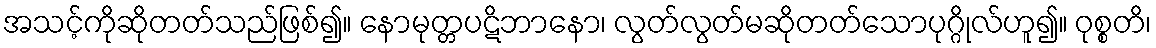
အသင့်ကိုဆိုတတ်သည်ဖြစ်၍။ နောမုတ္တပဋိဘာနော၊ လွတ်လွတ်မဆိုတတ်သောပုဂ္ဂိုလ်ဟူ၍။ ဝုစ္စတိ၊